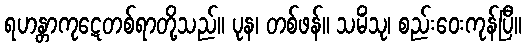
ရဟန္တာကုဋေတစ်ရာတို့သည်။ ပုန၊ တစ်ဖန်။ သမိံသု၊ စည်းဝေးကုန်ပြီ။